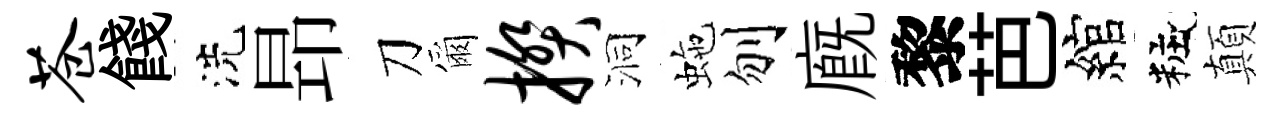
苍餞洗昻刀爾揆洞虵刎廐黎芭綰粧顛